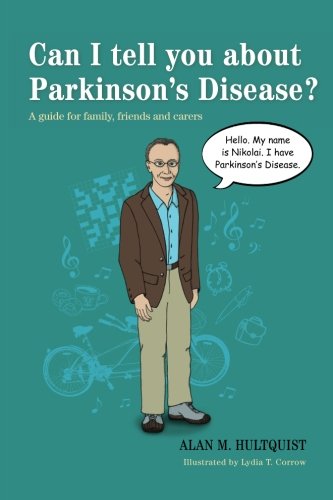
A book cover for Can I Tell You About Parkinson's Disease?: A Guide for Family, Friends, and Carers; Alan M. Hultquist; Health, Fitness & Dieting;